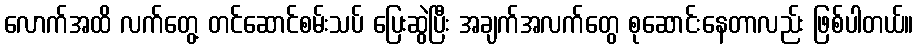
လောက်အထိ လက်တွေ့ တင်ဆောင်စမ်းသပ် ပြေးဆွဲပြီး အချက်အလက်တွေ စုဆောင်းနေတာလည်း ဖြစ်ပါတယ်။